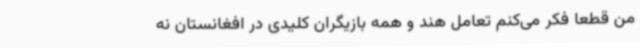
من قطعا فکر می‌کنم تعامل هند و همه بازیگران کلیدی در افغانستان نه